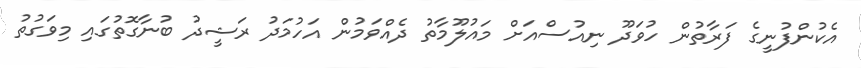
އެކުުންފުނީގެ ފަރާތުން ހުވަދޫ ނިއުސްއަށް މައުލޫމާތު ދެއްވަމުން އަހުމަދު ރަޝީދު ބުނާގޮތުގައި މިވަގުތު